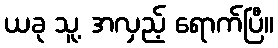
ယခု သူ့ အလှည့် ရောက်ပြီ။